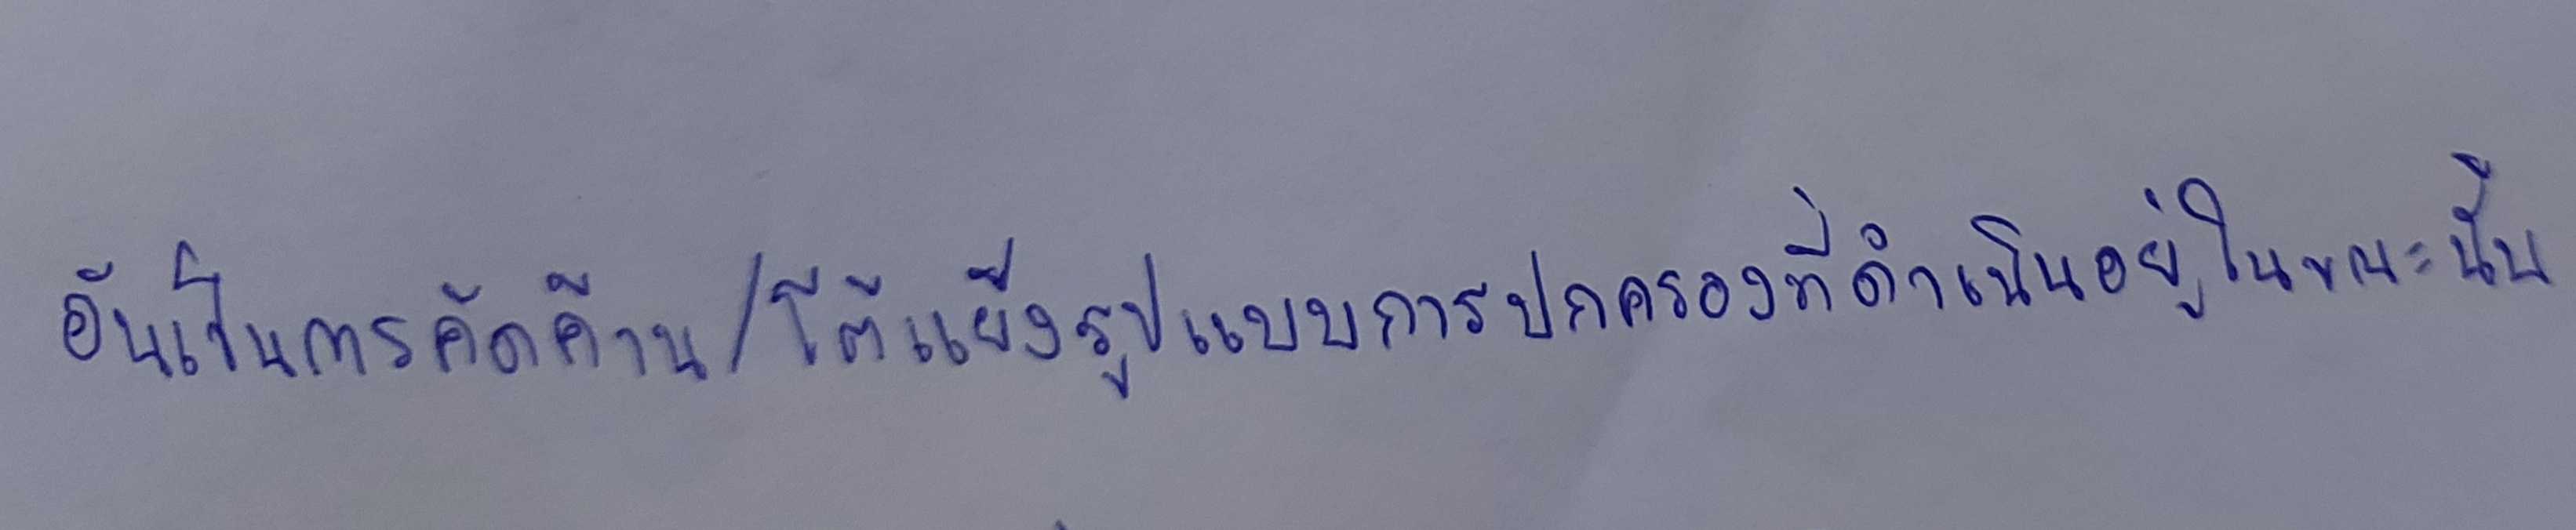
อันเป็นการคัดค้าน/โต้แย้งรูปแบบการปกครองที่ดำเนินอยู่ในขณะนั้น